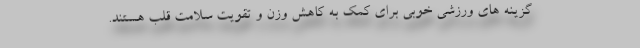
گزینه های ورزشی خوبی برای کمک به کاهش وزن و تقویت سلامت قلب هستند.